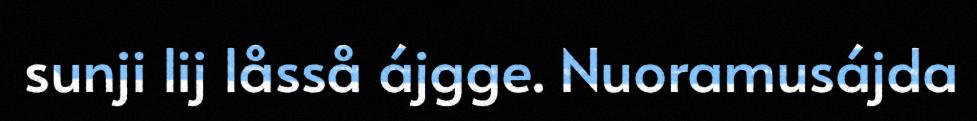
sunji lij låsså ájgge. Nuoramusájda